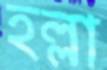
হল্লা